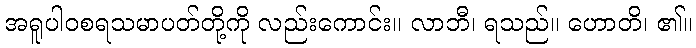
အရူပါဝစရသမာပတ်တို့ကို လည်းကောင်း။ လာဘီ၊ ရသည်။ ဟောတိ၊ ၏။